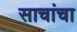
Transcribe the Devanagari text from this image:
साचांचा